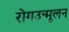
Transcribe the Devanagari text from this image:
रोगउन्मूलन